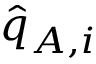
\widehat { q } _ { A , i }